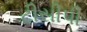
ટીસીપી